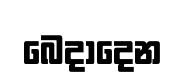
බෙදාදෙන